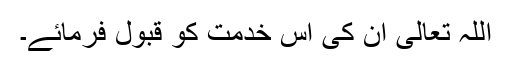
اللہ تعالی ان کی اس خدمت کو قبول فرمائے۔